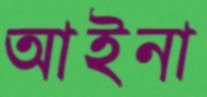
আইনা